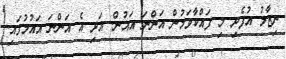
ނިޒާމު އުފެދި މި ފައްކާވަމުން އަންނަ އައުން. އަދި އެ އަންނަ އައުމުގައި